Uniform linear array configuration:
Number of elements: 8
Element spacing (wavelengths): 0.25
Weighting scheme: kaiser
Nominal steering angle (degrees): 0
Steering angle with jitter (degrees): -0.1809
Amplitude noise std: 0.05
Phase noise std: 0.05

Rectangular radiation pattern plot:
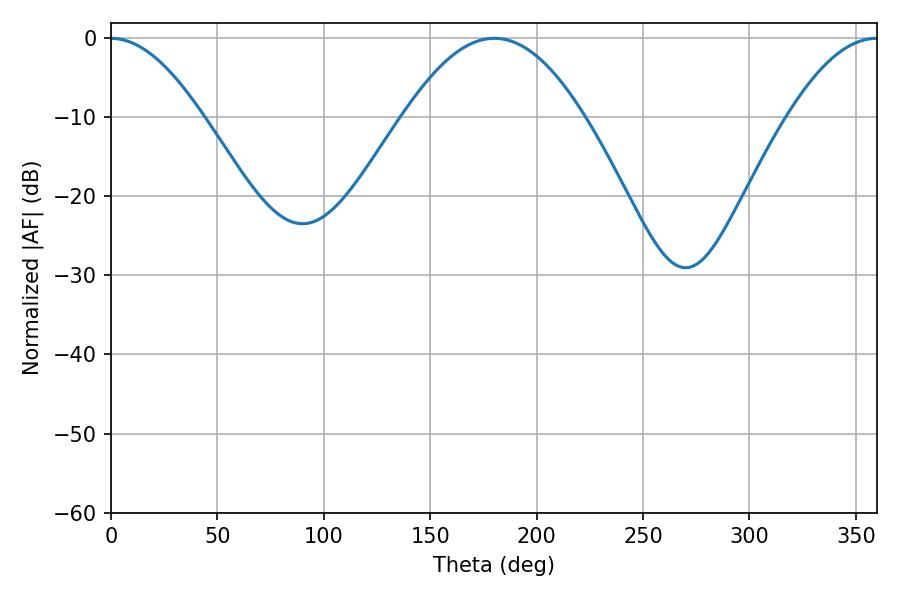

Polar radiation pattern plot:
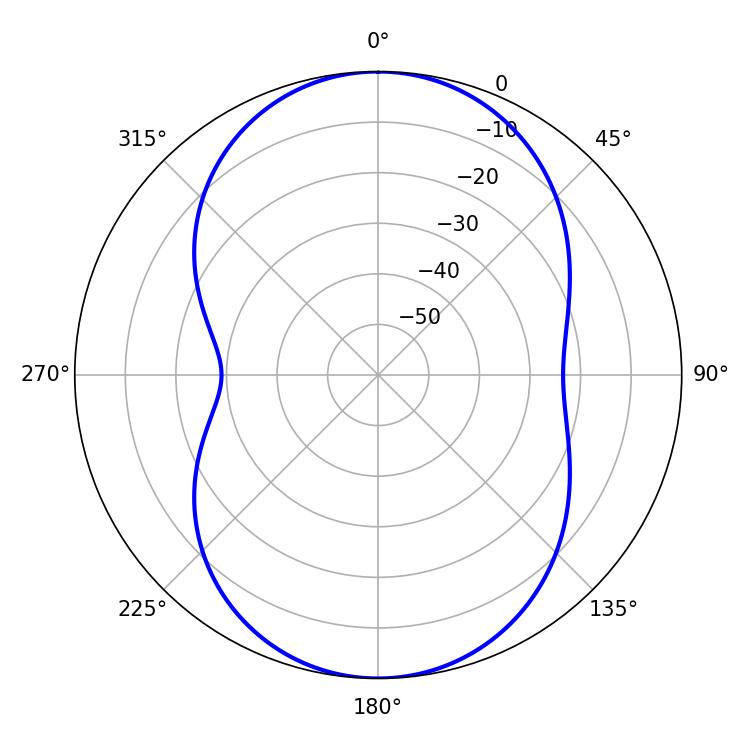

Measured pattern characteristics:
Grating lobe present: FALSE
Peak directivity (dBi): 22.246
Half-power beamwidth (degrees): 46.08
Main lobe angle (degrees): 180.18